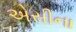
એસીના